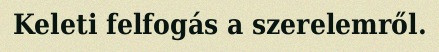
Keleti felfogás a szerelemről.